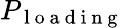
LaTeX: P_{\mathrm{~l~o~a~d~i~n~g~}}